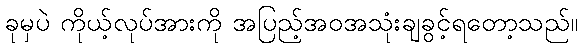
ခုမှပဲ ကိုယ့်လုပ်အားကို အပြည့်အဝအသုံးချခွင့်ရတော့သည်။